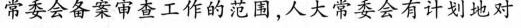
常委会备案审查工作的范围，人大常委会有计划地对